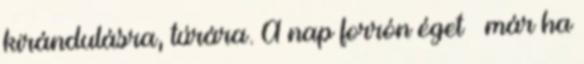
kirándulásra, túrára. A nap forrón éget – már ha